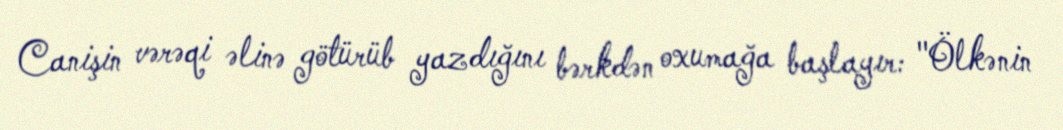
Canişin vərəqi əlinə götürüb yazdığını bərkdən oxumağa başlayır: "Ölkənin